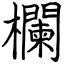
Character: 欄